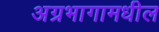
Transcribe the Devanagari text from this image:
अग्रभागामधील